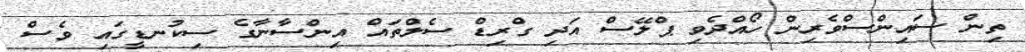
ތިން ސައިންސްވެރިން ހޯއްދެވި ޕްލޭސް އަދި ގްރިޑް ސެލްތައް އިންސާނާގެ ސިކުނޑީގައި ވެސް